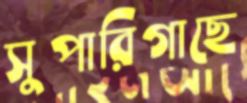
সুপারিগাছে